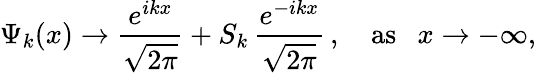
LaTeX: \Psi_{k}(x)\rightarrow\frac{e^{ikx}}{\sqrt{2\pi}}+S_{k}\, \frac{e^{-ikx}}{\sqrt{2\pi}}\, ,~~~~\mathrm{as}~~~x\rightarrow-\infty,